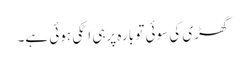
گھڑی کی سوئی تو بارہ پرہی اٹکی ہوئی ہے۔